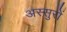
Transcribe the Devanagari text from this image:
अस्सुरों